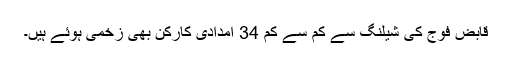
قابض فوج کی شیلنگ سے کم سے کم 34 امدادی کارکن بھی زخمی ہوئے ہیں۔